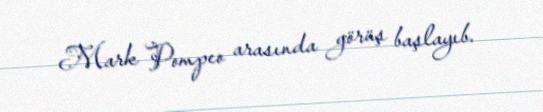
Mark Pompeo arasında görüş başlayıb.